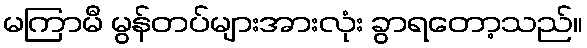
မကြာမီ မွန်တပ်များအားလုံး ခွာရတော့သည်။